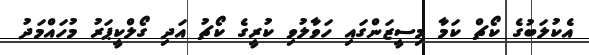
އެކުލަބުގެ ކޯޗް ކަމާ މިސީޒަންގައި ހަވާލުވި ކުރީގެ ކޯޗު އަދި ގޯލްކީޕަރު މުހައްމަދު